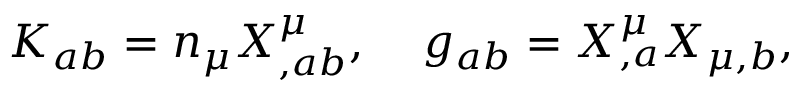
K _ { a b } = n _ { \mu } X _ { , a b } ^ { \mu } , \; \; \; \; g _ { a b } = X _ { , a } ^ { \mu } X _ { \mu , b } ,